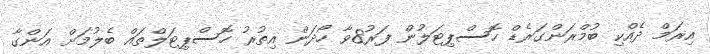
އިރަމް ދެއްކި ބުމްރަންގަރެޑް ހޮސްޕިޓަލުން ފަރު8ވާ ހޯދަން އިތުރު ހޮސްޕިޓަލްތައް ބެލުމަށް އަންގާ